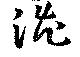
澁